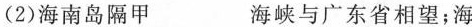
(2)海南岛隔甲___海峡与广东省相望；海